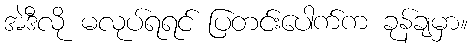
အဲဒီလို မလုပ်ရရင် ပြတင်းပေါက်က ခုန်ချမှာ။